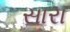
સારા